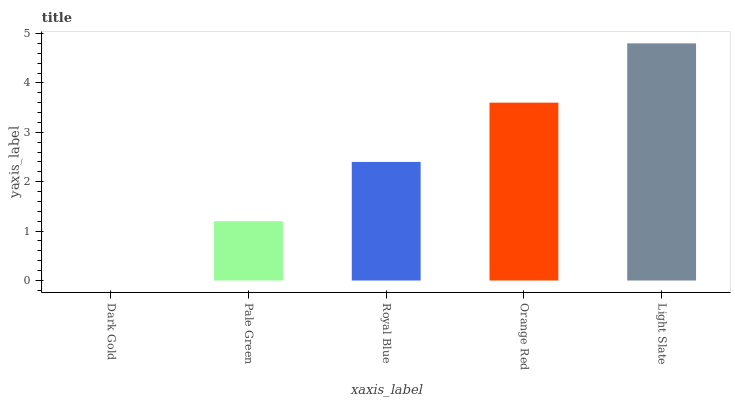
| xaxis_label | bars |
 | --- | --- |
 | Dark Gold | 0 |
 | Pale Green | 1.2 |
 | Royal Blue | 2.4 |
 | Orange Red | 3.6 |
 | Light Slate | 4.8 |